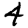
Digit: 4